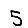
Digit: 5